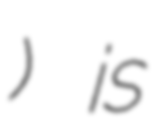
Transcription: Բենդիկ) is